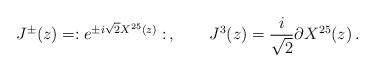
LaTeX: \begin{align*} J^{\pm}(z) = :e^{\pm i\sqrt{2}X^{25}(z)}: \, , \qquad J^{3}(z) = \frac{i}{\sqrt{2}}\partial X^{25}(z) \, .\end{align*}